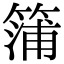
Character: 䈬